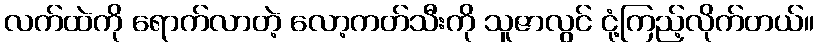
လက်ထဲကို ရောက်လာတဲ့ လော့ကတ်သီးကို သူဇာလွင် ငုံ့ကြည့်လိုက်တယ်။